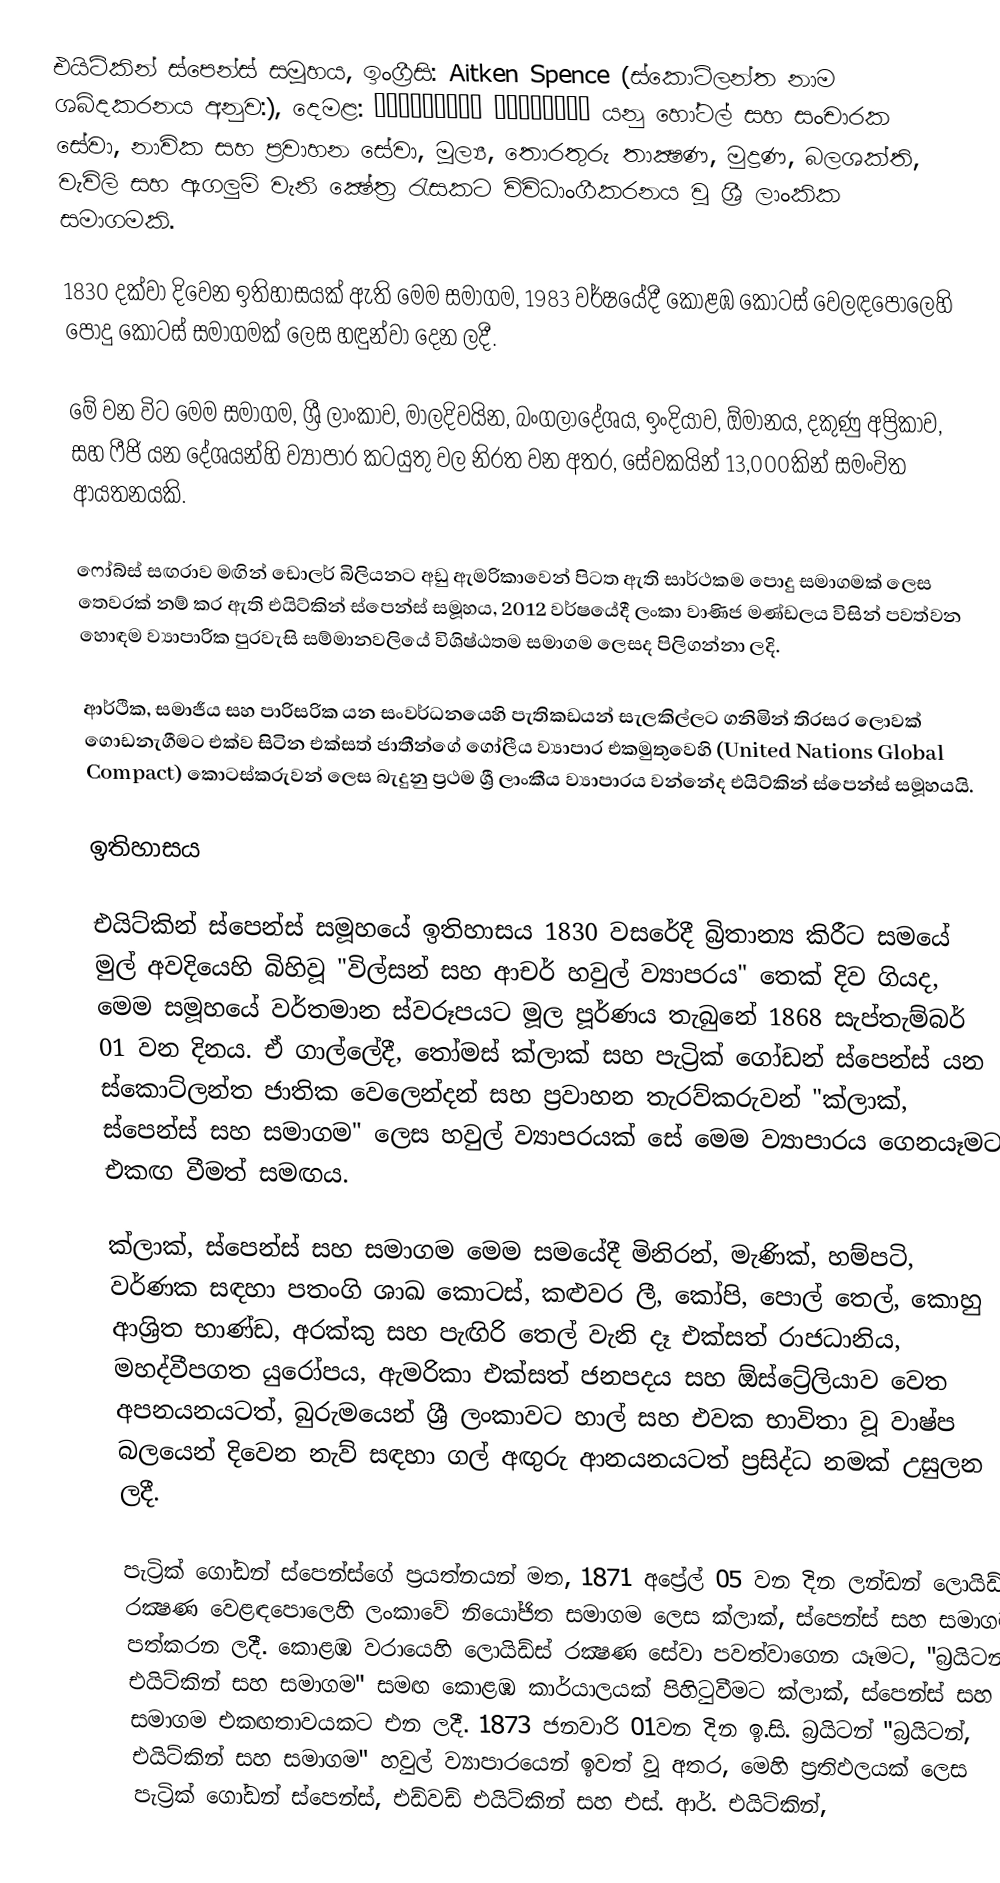
එයිට්කින් ස්පෙන්ස් සමූහය,  ඉංග්‍රීසි: Aitken Spence (ස්කොට්ලන්ත නාම ශබ්දකරනය අනුව:), දෙමළ: எய்ட்கின் ஸ்பென்ஸ் යනු හෝටල් සහ සංචාරක සේවා, නාවික සහ ප්‍රවාහන සේවා, මූල්‍ය, තොරතුරු තාක්‍ෂණ, මුද්‍රණ, බලශක්ති, වැවිලි සහ ඇගලුම් වැනි ක්‍ෂේත්‍ර රැසකට විවිධාංගීකරනය වූ ශ්‍රී ලාංකික සමාගමකි.

1830 දක්වා දිවෙන  ඉතිහාසයක් ඇති මෙම සමාගම, 1983 වර්ෂයේදී කොළඹ කොටස් වෙලඳපොලෙහි පොදු කොටස් සමාගමක් ලෙස හඳුන්වා දෙන ලදී.

මේ වන විට මෙම සමාගම, ශ්‍රී ලාංකාව, මාලදිවයින, බංගලාදේශය, ඉංදියාව, ඕමානය, දකුණු අප්‍රිකාව, සහ ෆීජි යන දේශයන්හි ව්‍යාපාර කටයුතු වල නිරත වන අතර, සේවකයින් 13,000කින් සමංවිත ආයතනයකි.

ෆෝබ්ස් සඟරාව මඟින් ඩොලර් බිලියනට අඩු ඇමරිකාවෙන් පිටත ඇති සාර්ථකම පොදු සමාගමක් ලෙස තෙවරක් නම් කර ඇති එයිට්කින් ස්පෙන්ස් සමූහය, 2012 වර්ෂයේදී ලංකා වාණිජ මණ්ඩලය විසින් පවත්වන හොඳම ව්‍යාපාරික පුරවැසි සම්මානවලියේ විශිෂ්ඨතම සමාගම ලෙසද පිලිගන්නා ලදි.

ආර්ථික, සමාජීය සහ පාරිසරික යන සංවර්ධනයෙහි පැතිකඩයන් සැලකිල්ලට ගනිමින් තිරසර ලොවක් ගොඩනැගීමට එක්ව සිටින එක්සත් ජාතීන්ගේ ගෝලීය ව්‍යාපාර එකමුතුවෙහි (United Nations Global Compact) කොටස්කරුවන් ලෙස බැදුනු ප්‍රථම ශ්‍රී ලාංකීය ව්‍යාපාරය වන්නේද එයිට්කින් ස්පෙන්ස් සමූහයයි.

ඉතිහාසය

එයිට්කින් ස්පෙන්ස් සමූහයේ ඉතිහාසය 1830 වසරේදී බ්‍රිතාන්‍ය කිරීට සමයේ මුල් අවදියෙහි බිහිවූ "විල්සන් සහ ආචර් හවුල් ව්‍යාපරය" තෙක් දිව ගියද, මෙම සමූහයේ වර්තමාන ස්වරූපයට මූල පූර්ණය තැබුනේ 1868 සැප්තැම්බර් 01 වන දිනය. ඒ ගාල්ලේදී, තෝමස් ක්ලාක් සහ පැට්‍රික් ගෝඩන් ස්පෙන්ස් යන ස්කොට්ලන්ත ජාතික වෙලෙන්දන්  සහ ප්‍රවාහන තැරව්කරුවන් "ක්ලාක්, ස්පෙන්ස් සහ සමාගම" ලෙස හවුල් ව්‍යාපරයක් සේ මෙම ව්‍යාපාරය ගෙනයෑමට එකඟ වීමත් සමඟය.

ක්ලාක්, ස්පෙන්ස් සහ සමාගම මෙම සමයේදී මිනිරන්, මැණික්, හම්පටි, වර්ණක සඳහා පතංගි ශාඛ කොටස්, කළුවර ලී, කෝපි, පොල් තෙල්, කොහු ආශ්‍රිත භාණ්ඩ, අරක්කු සහ පැඟිරි තෙල් වැනි දෑ එක්සත් රාජධානිය, මහද්වීපගත යුරෝපය, ඇමරිකා එක්සත් ජනපදය සහ ඕස්ට්‍රේලියාව වෙත අපනයනයටත්, බුරුමයෙන් ශ්‍රී ලංකාවට හාල් සහ එවක භාවිතා වූ වාෂ්ප බලයෙන් දිවෙන නැව් සඳහා ගල් අඟුරු ආනයනයටත් ප්‍රසිද්ධ නමක් උසුලන ලදී.

පැට්‍රික් ගෝඩන් ස්පෙන්ස්ගේ ප්‍රයත්නයන් මත, 1871 අප්‍රේල් 05 වන දින ලන්ඩන් ලොයිඩ්ස් රක්‍ෂණ වෙළඳපොලෙහි ලංකාවේ නියෝජිත සමාගම ලෙස ක්ලාක්, ස්පෙන්ස් සහ සමාගම පත්කරන ලදී. කොළඹ වරායෙහි ලොයිඩ්ස් රක්‍ෂණ සේවා පවත්වාගෙන යෑමට, "බ්‍රයිටන්, එයිට්කින් සහ සමාගම" සමඟ කොළඹ කාර්යාලයක් පිහිටුවීමට ක්ලාක්, ස්පෙන්ස් සහ සමාගම එකඟතාවයකට එන ලදී. 1873 ජනවාරි 01වන දින ඉ.සි. බ්‍රයිටන් "බ්‍රයිටන්, එයිට්කින් සහ සමාගම" හවුල් ව්‍යාපාරයෙන් ඉවත් වූ අතර, මෙහි ප්‍රතිඵලයක් ලෙස පැට්‍රික් ගෝඩන් ස්පෙන්ස්, එඩ්වඩ් එයිට්කින් සහ එස්. ආර්. එයිට්කින්,